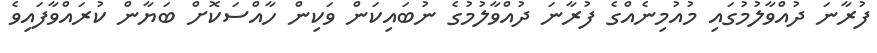
ފުރާނަ ދުއްވާލުމުގައި މުއުމިނެއްގެ ފުރާނަ ދުއްވާލުމުގެ ނުބައިކަން ވަކިން ހާއްސަކޮށް ބަޔާން ކުރައްވާފައިވެ